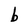
Character: b